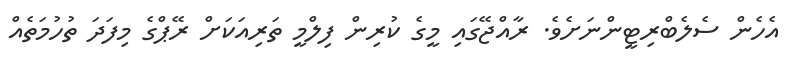
އެހެން ސެލެބްރިޓީންނަށެވެ. ރާއްޖޭގައި މީގެ ކުރިން ފިލްމީ ތަރިއަކަށް ރޭޕްގެ މިފަދަ ތުހުމަތެއް